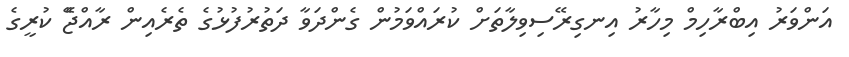
އަންވަރު އިބްރާހިމް މިހާރު އިނގިރޭސިވިލާތަށް ކުރައްވަމުން ގެންދަވާ ދަތުރުފުޅުގެ ތެރެއިން ރާއްޖޭެ ކުރީގެ